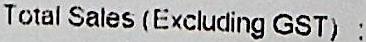
TOTAL SALES (EXCLUDING GST) :